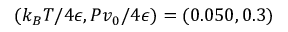
( k _ { B } T / 4 \epsilon , P v _ { 0 } / 4 \epsilon ) = ( 0 . 0 5 0 , 0 . 3 )